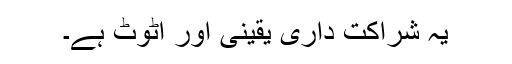
یہ شراکت داری یقینی اور اٹوٹ ہے۔